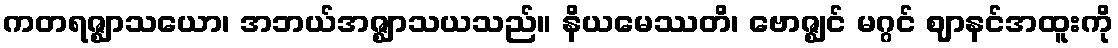
ကတရဇ္ဈာသယော၊ အဘယ်အဇ္ဈာသယသည်။ နိယမေဿတိ၊ ဗောဇ္ဈင် မဂ္ဂင် ဈာနင်အထူးကို